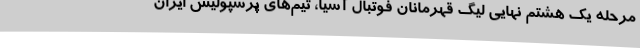
مرحله یک هشتم نهایی لیگ قهرمانان فوتبال آسیا، تیم‌های پرسپولیس ایران